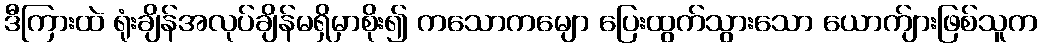
ဒီကြားထဲ ရုံးချိန်အလုပ်ချိန်မရှိမှာစိုး၍ ကသောကမျော ပြေးထွက်သွားသော ယောက်ျားဖြစ်သူက